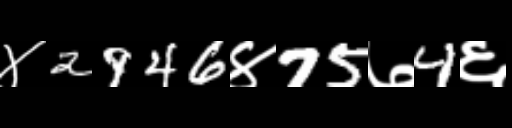
Text: ४2946४75७4६